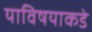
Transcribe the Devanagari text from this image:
याविषयाकडे